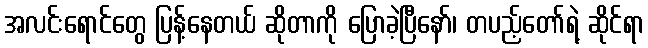
အလင်းရောင်တွေ ပြန့်နေတယ် ဆိုတာကို ပြောခဲ့ပြီနော်၊ တပည့်တော်ရဲ့ ဆိုင်ရာ